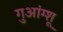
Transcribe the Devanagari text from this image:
गुआंग्शू